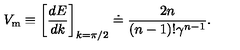
V _ { \mathrm { m } } \equiv \left[ { \frac { d E } { d k } } \right] _ { k = \pi / 2 } \doteq { \frac { 2 n } { ( n - 1 ) ! \gamma \sp { n - 1 } } } .